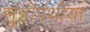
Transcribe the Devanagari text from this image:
सुन्नीपंथीया